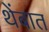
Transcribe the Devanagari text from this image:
थेंबात